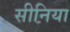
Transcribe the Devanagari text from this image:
सीनिया